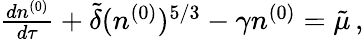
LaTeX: \begin{array}{r}{{\frac{dn^{(0)}}{d\tau}}+\tilde{\delta}(n^{(0)})^{5/3}-\gamma n^{(0)}=\tilde{\mu}\, ,}\end{array}